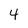
Character: 4